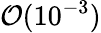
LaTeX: \mathcal{O}(10^{-3})